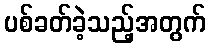
ပစ်ခတ်ခဲ့သည့်အတွက်